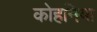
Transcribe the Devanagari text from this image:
कोहनिया